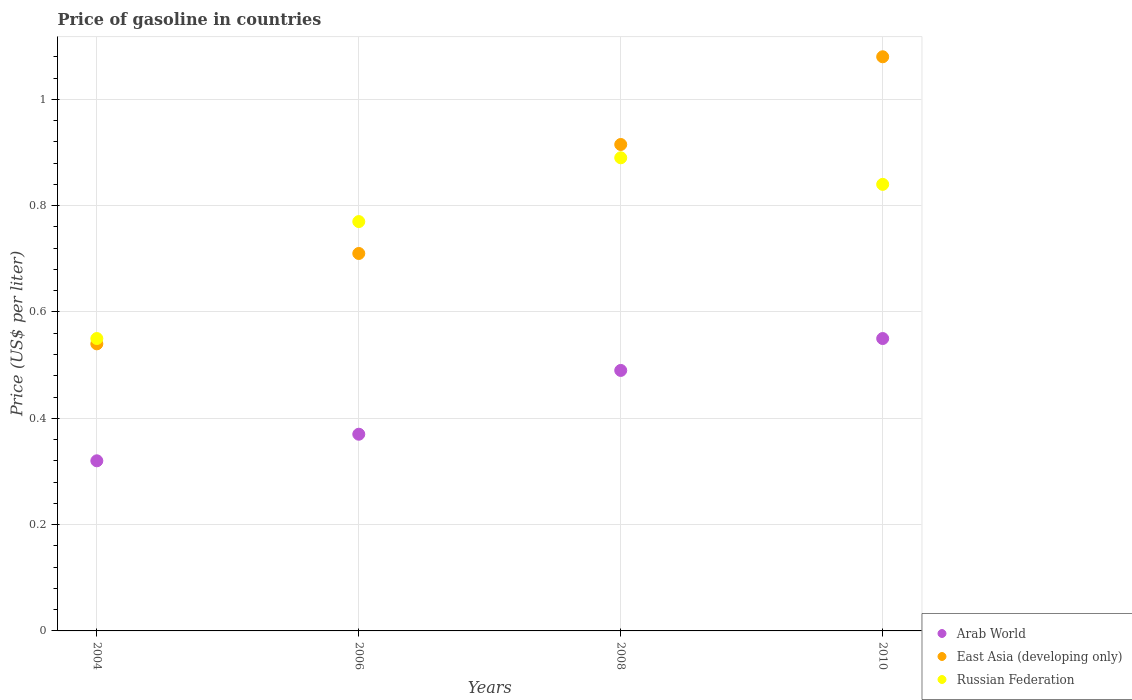
| Years | Arab World | East Asia (developing only) | Russian Federation |
 | --- | --- | --- | --- |
 | 2004 | 0.32 | 0.54 | 0.55 |
 | 2006 | 0.37 | 0.71 | 0.77 |
 | 2008 | 0.49 | 0.915 | 0.89 |
 | 2010 | 0.55 | 1.08 | 0.84 |